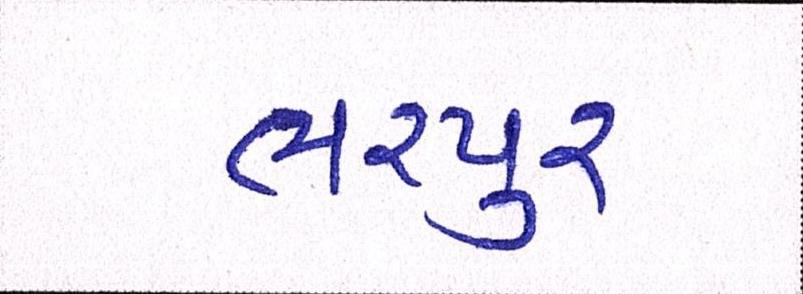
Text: ભરપુર